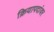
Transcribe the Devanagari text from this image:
क्रियापदांवर